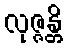
လုဇ္ဇန္တိ